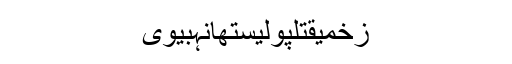
زخمیقتلپولیستھانہبیوی